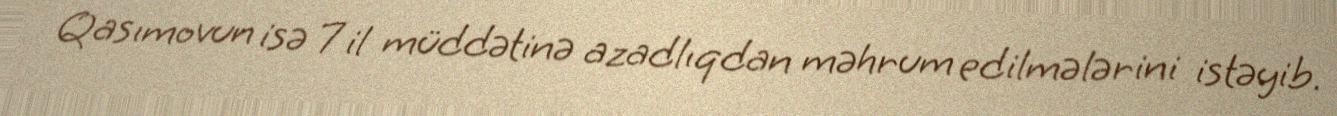
Qasımovun isə 7 il müddətinə azadlıqdan məhrum edilmələrini istəyib.